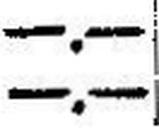
—.—